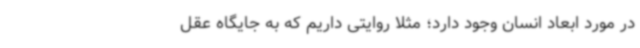
در مورد ابعاد انسان وجود دارد؛ مثلاً روایتی داریم که به جایگاه عقل